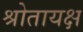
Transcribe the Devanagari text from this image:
श्रोतायक्ष